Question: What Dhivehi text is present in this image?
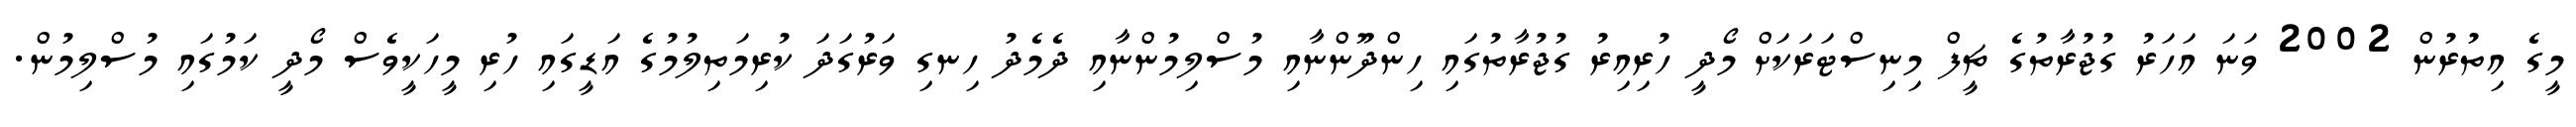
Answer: މީގެ އިތުރުން 2002 ވަނަ އަހަރު ގުޖުރާތުގެ ޗީފް މިނިސްޓަރަކަށް މޯދީ ހުރިއިރު ގުޖުރާތުގައި ހިންދޫންނާއި މުސްލިމުންނާއި ދެމެދު ހިނގި ވަރުގަދަ ކުރިމަތިލުމުގެ އަޑީގައި ހުރި މީހަކީވެސް މޯދީ ކަމުގައި މުސްލިމުން.